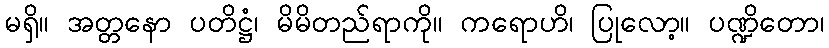
မရှိ။ အတ္တနော ပတိဋ္ဌံ၊ မိမိတည်ရာကို။ ကရောဟိ၊ ပြုလော့။ ပဏ္ဍိတော၊